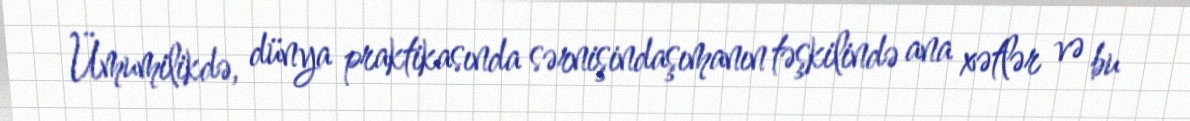
Ümumilikdə, dünya praktikasında sərnişindaşımanın təşkilində ana xətlər və bu